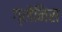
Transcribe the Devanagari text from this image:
ग्लेनिस